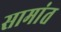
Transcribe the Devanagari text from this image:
सामांत